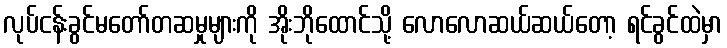
လုပ်ငန်းခွင်မတော်တဆမှုများကို အိုးဘိုထောင်သို့ လောလောဆယ်ဆယ်တော့ ရင်ခွင်ထဲမှာ